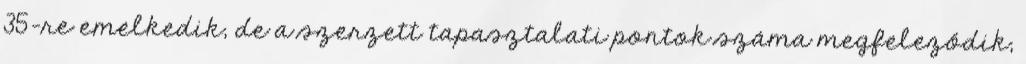
35-re emelkedik, de a szerzett tapasztalati pontok száma megfeleződik,